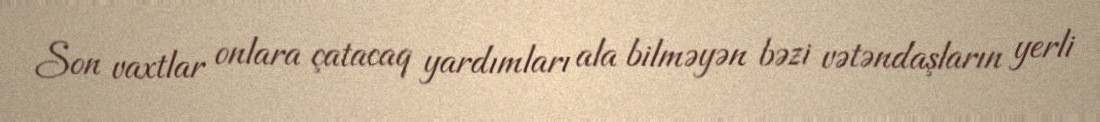
Son vaxtlar onlara çatacaq yardımları ala bilməyən bəzi vətəndaşların yerli